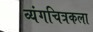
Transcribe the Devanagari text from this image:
व्यंगचित्रकला